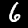
Label: 6